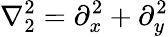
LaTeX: \nabla_{2}^{2}=\partial_{x}^{2}+\partial_{y}^{2}